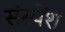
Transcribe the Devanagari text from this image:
संस्‍पेंश